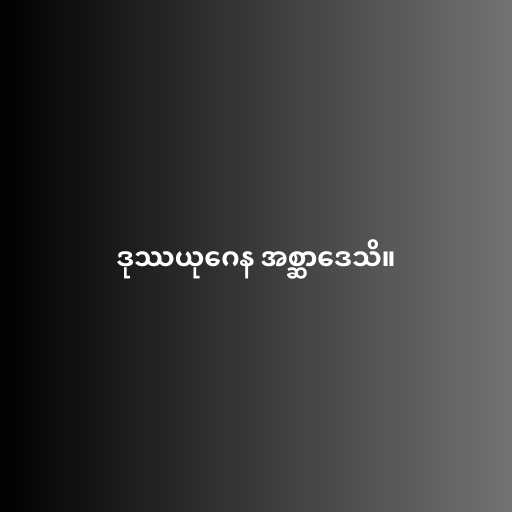
ဒုဿယုဂေန အစ္ဆာဒေသိ။